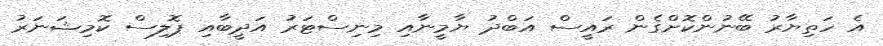
އެ ހަތިޔާރު ބޭނުންކޮށްގެން ރައީސް އަބްދު ޔާމީނާއި މިނިސްޓަރު އަދީބާއި ޕޮލިސް ކޮމިޝަނަރު